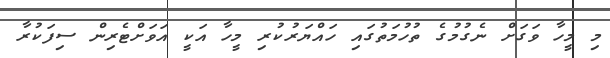
މި މީހާ ވަގަށް ނެގުމުގެ ތުހުމަތުގައި ހައްޔަރުކުރި މީހާ އަކީ އަވަށްޓެރިން ސިފަކުރާ